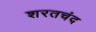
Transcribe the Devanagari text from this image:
शरतचंद